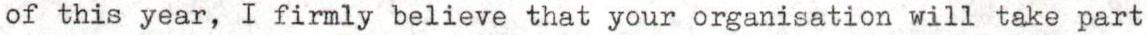
of this year, I firmly believe that your organisation will take part